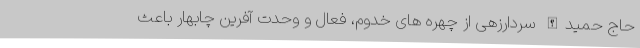
حاج حمیدالله سردارزهی از چهره های خدوم، فعال و وحدت آفرین چابهار باعث